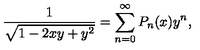
{ \frac { 1 } { \sqrt { 1 - 2 x y + y ^ { 2 } } } } = \sum _ { n = 0 } ^ { \infty } P _ { n } ( x ) y ^ { n } ,